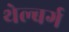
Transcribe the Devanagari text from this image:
थेल्बर्ग